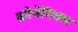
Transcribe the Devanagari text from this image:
क्रोनेमिक्स